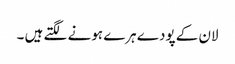
لان کے پودے ہرے ہونے لگتے ہیں ۔